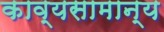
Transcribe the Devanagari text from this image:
काव्यसामान्य